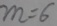
m = 6